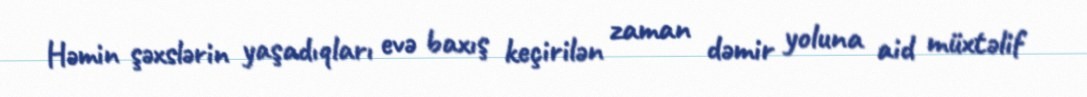
Həmin şəxslərin yaşadıqları evə baxış keçirilən zaman dəmir yoluna aid müxtəlif